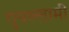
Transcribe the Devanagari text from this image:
गुयल्लामी